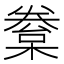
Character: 𣙂